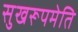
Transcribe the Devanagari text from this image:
सुखरूपमेति